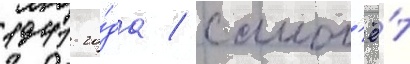
1941 го́да / самол'ё́т